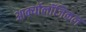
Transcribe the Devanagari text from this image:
आर्क्योलॉजिकल